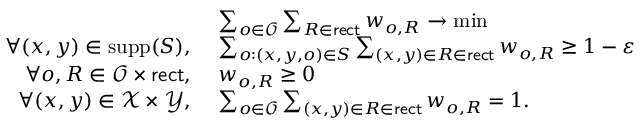
\begin{array} { r l } & { ~ \sum _ { o \in \mathcal { O } } \sum _ { R \in \mathsf { r e c t } } w _ { o , R } \to \operatorname* { m i n } } \\ { \forall ( x , y ) \in \mathrm { s u p p } ( S ) , } & { ~ \sum _ { o : ( x , y , o ) \in S } \sum _ { ( x , y ) \in R \in \mathsf { r e c t } } w _ { o , R } \ge 1 - \varepsilon } \\ { \forall o , R \in \mathcal { O } \times \mathsf { r e c t } , } & { ~ w _ { o , R } \ge 0 } \\ { \forall ( x , y ) \in \mathcal { X } \times \mathcal { Y } , } & { ~ \sum _ { o \in \mathcal { O } } \sum _ { ( x , y ) \in R \in \mathsf { r e c t } } w _ { o , R } = 1 . } \end{array}